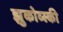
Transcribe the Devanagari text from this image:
झुकोव्स्की